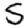
Digit: 5